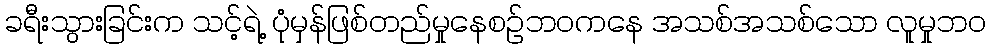
ခရီးသွားခြင်းက သင့်ရဲ့ ပုံမှန်ဖြစ်တည်မှုနေစဉ်ဘဝကနေ အသစ်အသစ်သော လူမှုဘဝ